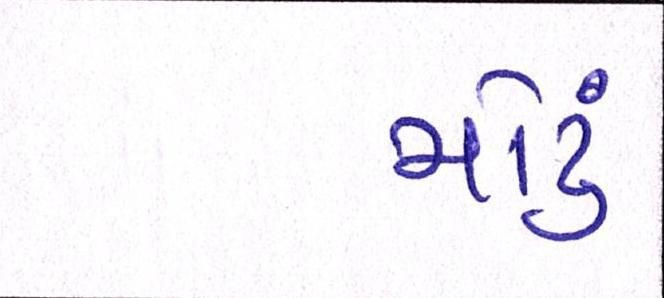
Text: મોટું